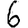
Digit: 6